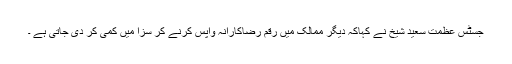
جسٹس عظمت سعید شیخ نے کہاکہ دیگر ممالک میں رقم رضاکارانہ واپس کرنے کر سزا میں کمی کر دی جاتی ہے ۔